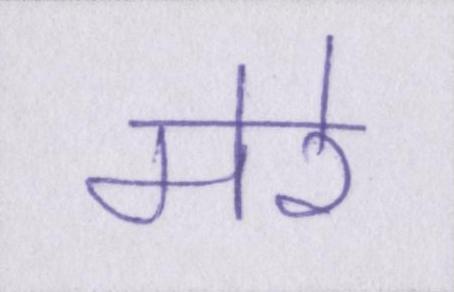
मेरे